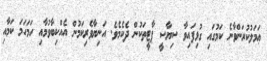
ޢަމަލުކުރަންވާނެ ކަމުގައި ގުޅިފައިވާ ސިޔާސީ ޕާޓީތަކުން ދެކެމެވެ. އަނިޔާވެރިކަމުން އެއްކިބާވުމާއި ހަމަހަމަ ކަމާއި